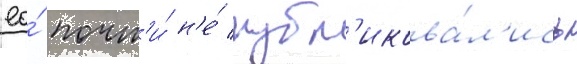
ео́ почт'и́ н'е́ публ'икова́л'ись